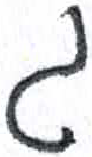
אות: ג